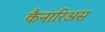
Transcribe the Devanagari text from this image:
कैनारिअस